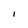
Character: I